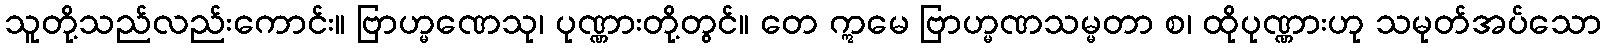
သူတို့သည်လည်းကောင်း။ ဗြာဟ္မဏေသု၊ ပုဏ္ဏားတို့တွင်။ တေ ဣမေ ဗြာဟ္မဏသမ္မတာ စ၊ ထိုပုဏ္ဏားဟု သမုတ်အပ်သော